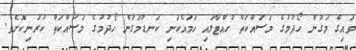
ވައިގެ މަގުން ހޯދުމުގެ މަސައްކަތް ހުއްޓާލައި ހަމައެކަނި ކަނޑުމަގުން ހޯދުމުގެ މަސައްކަތް ކުރަނިކޮށެވެ.